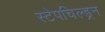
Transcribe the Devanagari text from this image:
स्टेपचिल्ड्रन